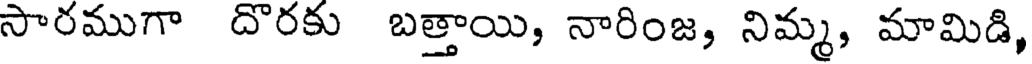
సారముగా దొరకు బత్తాయి, నారింజ, నిమ్మ, మామిడి,